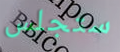
ستجلس